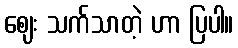
ဈေး သက်သာတဲ့ ဟာ ပြပါ။